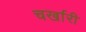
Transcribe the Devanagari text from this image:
चर्खारी